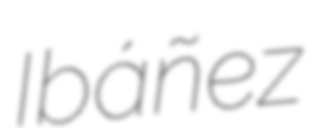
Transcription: Ibáñez